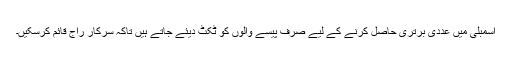
اسمبلی میں عددی برتری حاصل کرنے کے لیے صرف پیسے والوں کو ٹکٹ دیئے جاتے ہیں تاکہ سرکار راج قائم کرسکیں۔